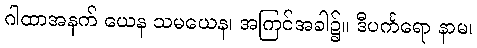
ဂါထာအနက် ယေန သမယေန၊ အကြင်အခါ၌။ ဒီပင်္ကရော နာမ၊